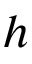
h